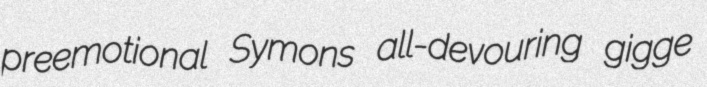
preemotional Symons all-devouring gigge